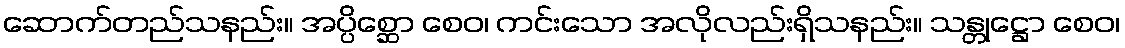
ဆောက်တည်သနည်း။ အပ္ပိစ္ဆော စေဝ၊ ကင်းသော အလိုလည်းရှိသနည်း။ သန္တုဋ္ဌော စေဝ၊